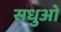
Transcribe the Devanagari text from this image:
सधुओ